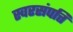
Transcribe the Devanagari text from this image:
स्वरसंपत्ति